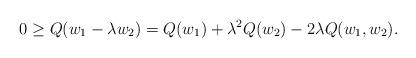
LaTeX: \begin{align*}0 \geq Q(w_1 - \lambda w_2) = Q(w_1) + \lambda^2 Q(w_2) - 2\lambda Q(w_1, w_2).\end{align*}